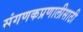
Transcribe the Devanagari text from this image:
संगणकप्रणालीसाठी